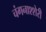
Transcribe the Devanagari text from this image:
चंगनाश्शेरी